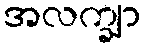
အလက္ချာ